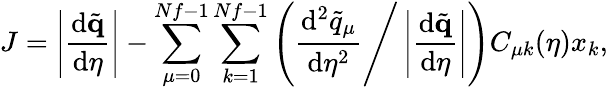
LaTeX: J=\left|\frac{\mathrm{d}\tilde{\mathbf{q}}}{\mathrm{d}\eta}\right|-\sum_{\mu=0}^{Nf-1}\sum_{k=1}^{Nf-1}\left(\frac{\mathrm{d}^{2}\tilde{q}_{\mu}}{\mathrm{d}\eta^{2}}\Bigg/\left|\frac{\mathrm{d}\tilde{\mathbf{q}}}{\mathrm{d}\eta}\right|\right)C_{\mu k}(\eta)x_{k},